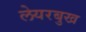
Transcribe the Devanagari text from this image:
लेयरबुख